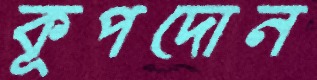
কূপদোন